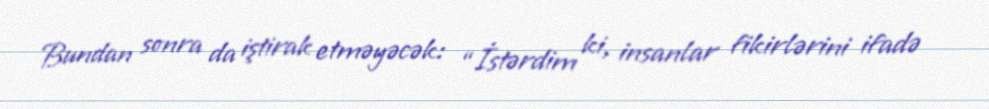
Bundan sonra da iştirak etməyəcək: “İstərdim ki, insanlar fikirlərini ifadə